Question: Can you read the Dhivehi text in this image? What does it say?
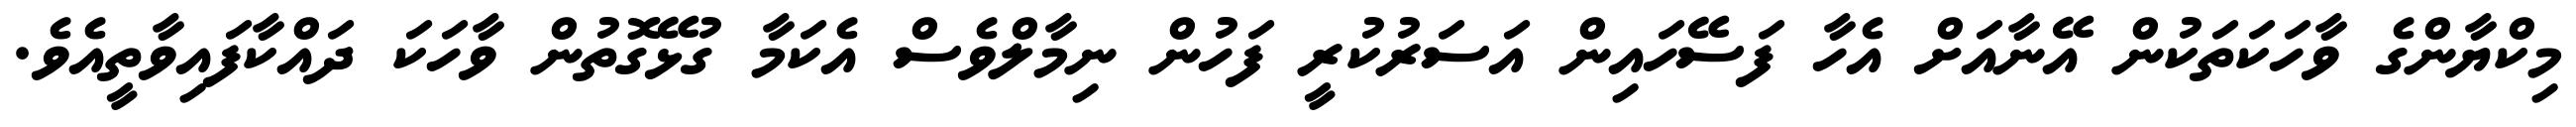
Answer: މިކްޔާންގެ ވާހަކަތަކުން އޭނާއަށް އެހާ ފަސޭހައިން އަސަރުކުރީ ފަހުން ނިމާލްވެސް އެކަމާ ގުޅޭގޮތުން ވާހަކަ ދައްކާފައިވާތީއެވެ.